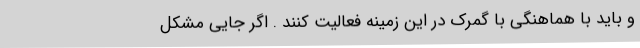
و باید با هماهنگی با گمرک در این زمینه فعالیت کنند . اگر جایی مشکل